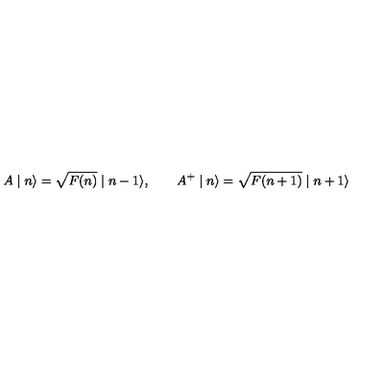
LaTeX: A \mid n \rangle = \sqrt { F ( n ) } \mid n - 1 \rangle , \qquad A ^ { + } \mid n \rangle = \sqrt { F ( n + 1 ) } \mid n + 1 \rangle